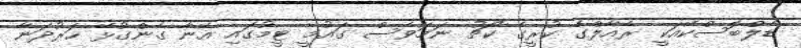
ޑެލްބޮސްކޭއަކީ ރެއާލްގެ ކުރީގެ ކޯޗު ނަމަވެސް ގައުމީ ޓީމުގައި އޭނާ ގެންގުޅޭ ހަރުދަނާ